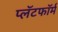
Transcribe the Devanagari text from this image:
प्लॅटफाॅर्म